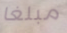
مبلغا